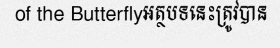
of the Butterflyអត្ថបទនេះត្រូវបាន